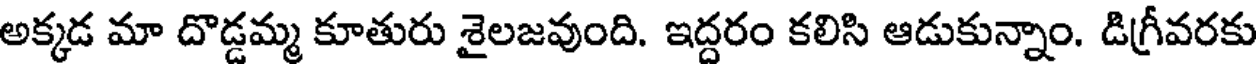
అక్కడ మా దొడ్డమ్మ కూతురు శైలజవుంది. ఇద్దరం కలిసి ఆడుకున్నాం. డిగ్రీవరకు